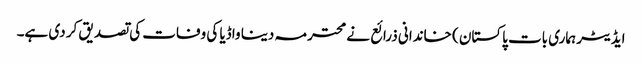
ایڈیٹر ہماری بات پاکستان ) خاندانی ذرائع نے محترمہ دینا واڈیا کی وفات کی تصدیق کر دی ہے۔